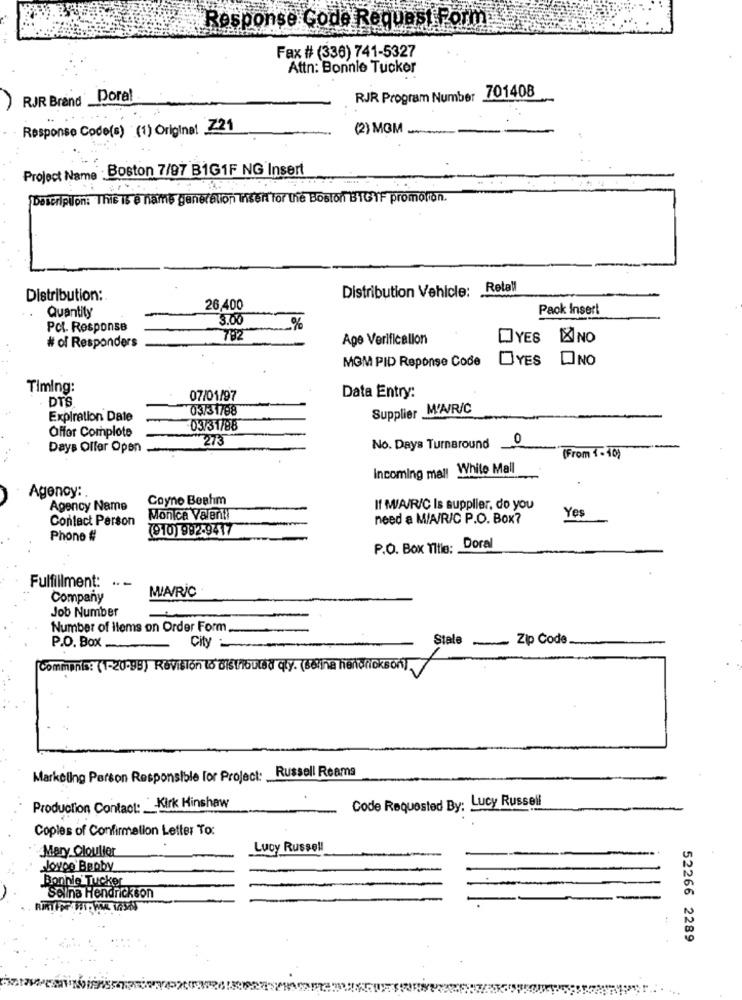
Response Code Request Form.
Fax # (336) 741-5327
Attn: Bonnie Tucker
RJR Brand Dora!
RJR Program Number 701408
-
Response Code(s) (1) Origine! Z21
(2) MGM
Project Name Boston 7/97 B1G1F NG Insert
Description: This Is e name generation Insert for the Boston BIG IF promotion.
Distribution Vehicle; Retall
Distribution:
Quantity
26,400
Pack Insert
3.00
Pol. Response
%
782
Age Verification
YES
X NO
# of Responders
MOM PID Reponse Code
YES
DNO
Timing:
DTS
07/01/97
Data Entry:
03731788
Supplier M'A/R/C
Expiration Date
03/31/88
Offor Complote
273
0
Days Offer Open
No. Days Turnaround
(From 1-10)
Incoming mal! While Mall
Agency: .
Coyne Beahm
Agency Name
If W/A/R/C Is supplier, do you
Yes
Contact Person
Monica Valenti
need a M/A/R/C P.O. Box?
(910) 992-9417
Phone #
P.O. Box Title: Doral
Fulfillment: " -
MIA/R/C
Company
Job Number
Number of items on Order Form
Zip Code
P.O. Box
City
Stale
Comments: (1-20-98) Revisión to Distributed qty. (selina hendrickson)
Markoling Person Responsible for Project: Russell Reams
Code Requested By: Lucy Russell
Production Contact: Kirk Hinshaw
Copies of Confirmation Letter To:
Mary Clouller
Lucy Russell
slovoo Bopby
Bonnie Tucker
Solna Hendrickson
52266 2289